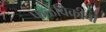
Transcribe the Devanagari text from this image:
फळविक्रीचा